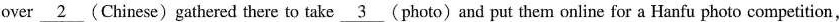
over \underline{2} (Chinese)gathered there to take \underline{3} (photo) and put them online for a Hanfu photo competition,